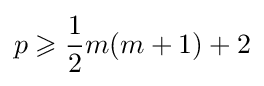
p\geqslant {\frac {1}{2}}m(m+1)+2